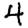
Digit: 4